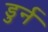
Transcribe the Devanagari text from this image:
डुर्न